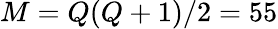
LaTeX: M=Q(Q+1)/2=55